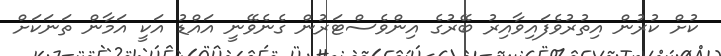
ކުށް ކުރުން އިތުރުވެފައިވާއިރު ބޭރުގެ އިންވެސްޓަރުން ގެނެވޭނީ އައްޑު އަކީ އަމާން ތަނަކަށް